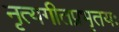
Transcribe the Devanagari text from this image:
नृत्यगीतप्रभृतयः